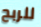
للربح